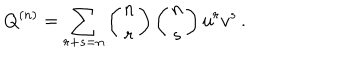
Q ^ { ( n ) } = \sum _ { r + s = n } \left( \begin{matrix} { { n } } \\ { { r } } \\ \end{matrix} \right) \left( \begin{matrix} { { n } } \\ { { s } } \\ \end{matrix} \right) u ^ { r } v ^ { s } \, .